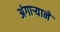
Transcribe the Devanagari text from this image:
अंगाऱ्याने